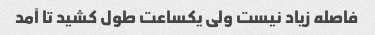
فاصله زیاد نیست ولی یکساعت طول کشید تا آمد